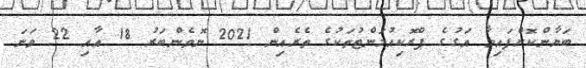
ބަޔާންކޮށްފައިވާ އަގުގެ ޕްރޮކިއުމަންޓުތަކުގެ ތެރެއިން 2021 ނޮވެންބަރު 18 އާއި 22 ވަނަ